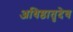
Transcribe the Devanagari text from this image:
अधिष्ठातृदेव